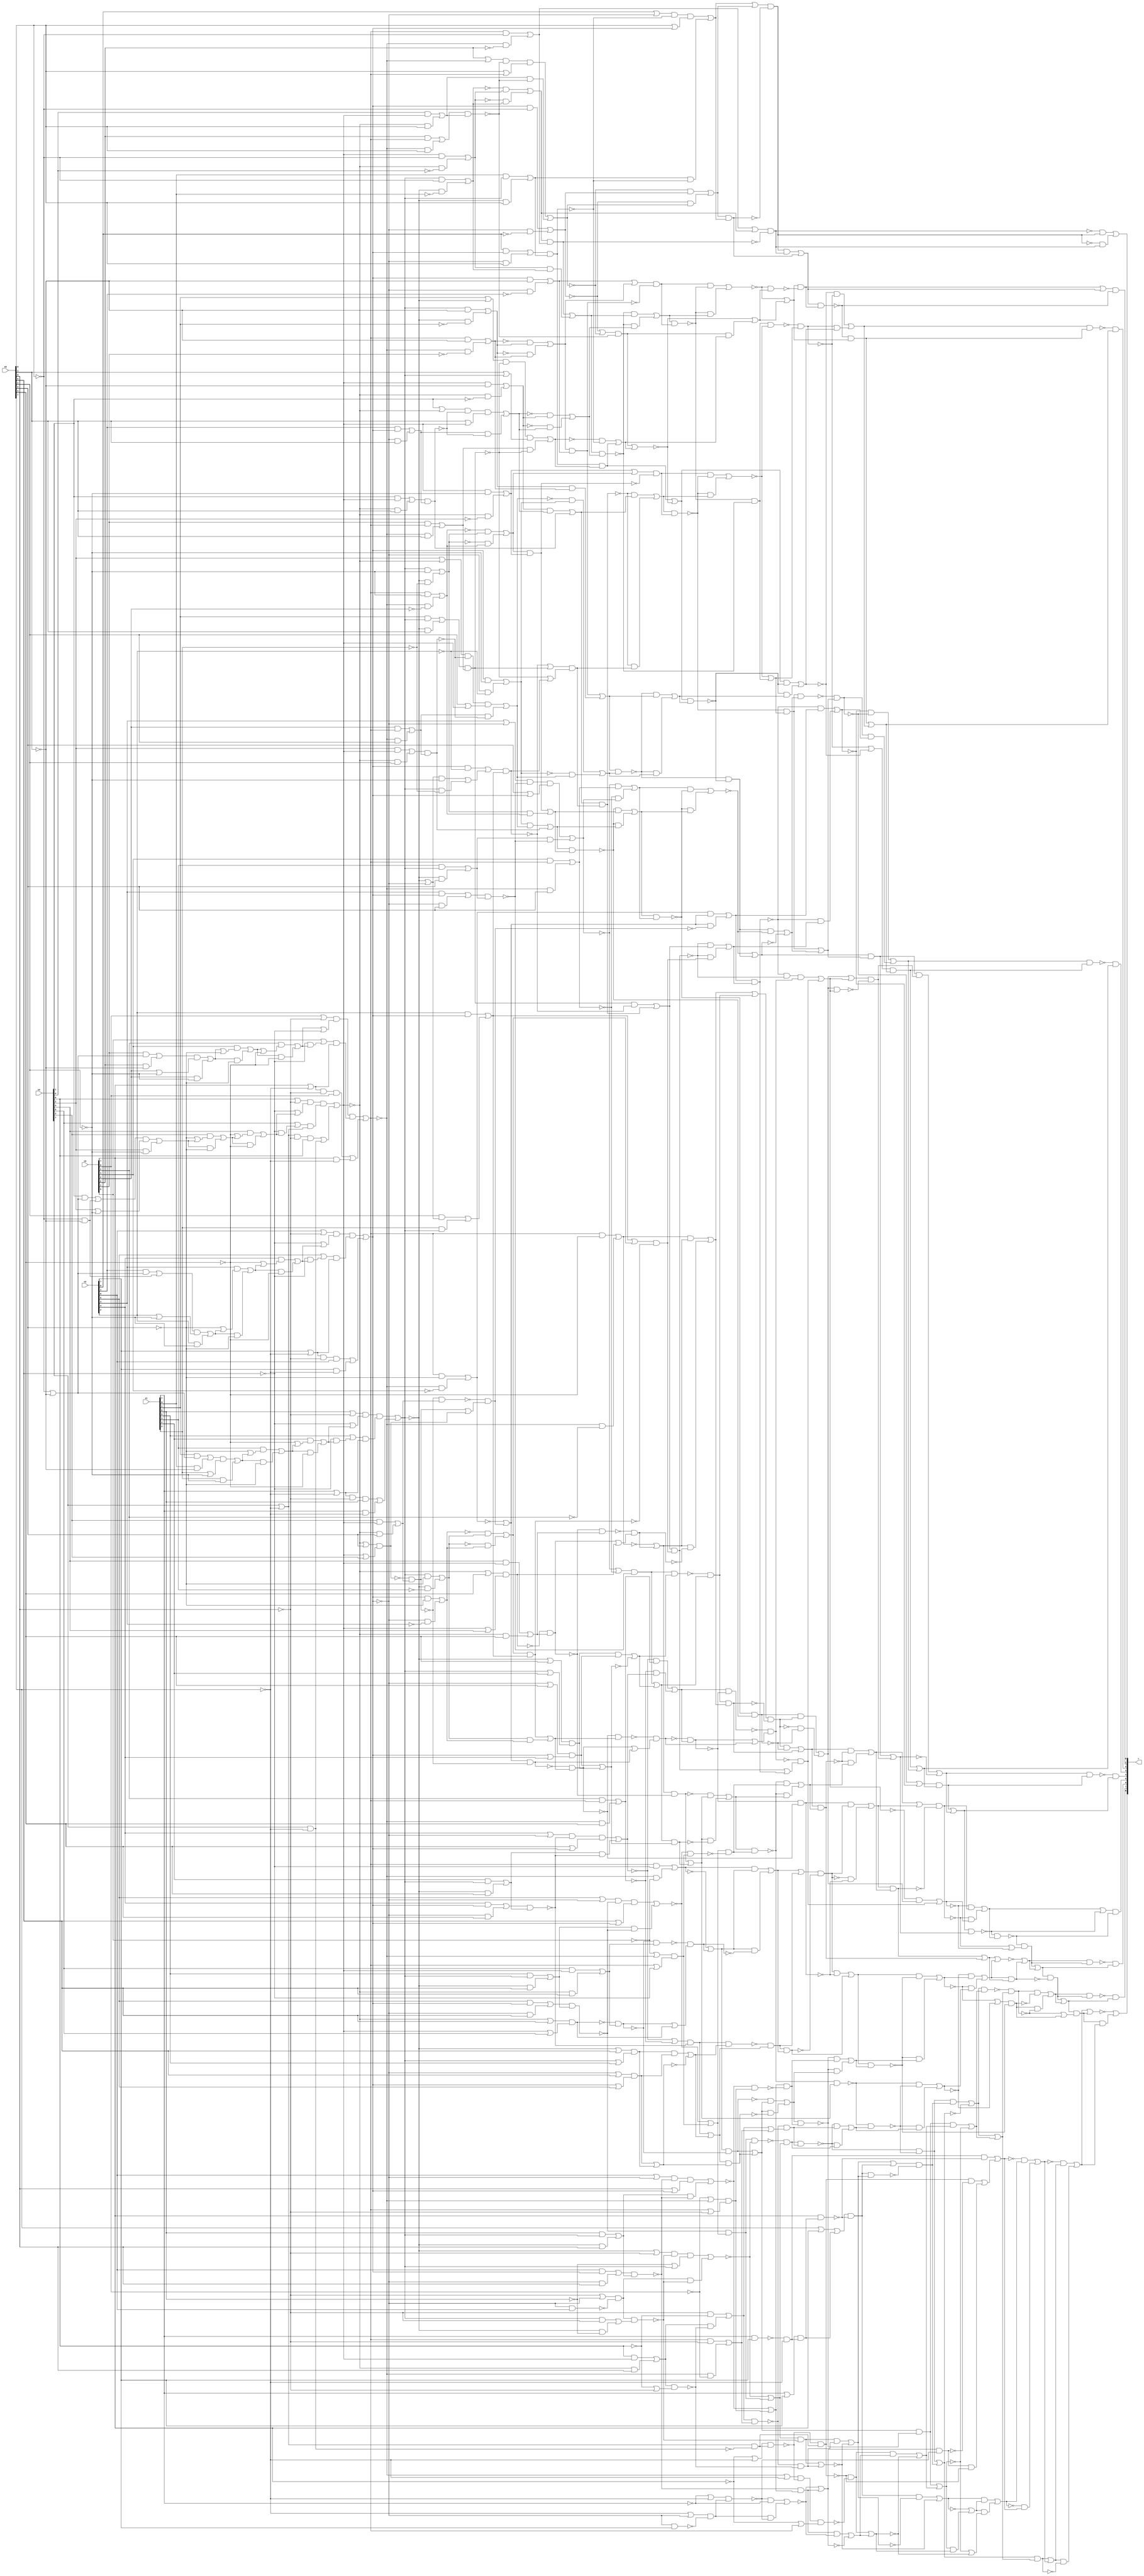
/////////////////////////////////////////////////////////////
// Version   : K-2015.06-SP5
/////////////////////////////////////////////////////////////


module circ ( x0, x1, x2, x3, x4, r );
  input [7:0] x0;
  input [7:0] x1;
  input [7:0] x2;
  input [7:0] x3;
  input [7:0] x4;
  output [8:0] r;
  wire   n1397, n1398, n1399, n1400, n1401, n1402, n1403, n1404, n1405, n1406,
         n1407, n1408, n1409, n1410, n1411, n1412, n1413, n1414, n1415, n1416,
         n1417, n1418, n1419, n1420, n1421, n1422, n1423, n1424, n1425, n1426,
         n1427, n1428, n1429, n1430, n1431, n1432, n1433, n1434, n1435, n1436,
         n1437, n1438, n1439, n1440, n1441, n1442, n1443, n1444, n1445, n1446,
         n1447, n1448, n1449, n1450, n1451, n1452, n1453, n1454, n1455, n1456,
         n1457, n1458, n1459, n1460, n1461, n1462, n1463, n1464, n1465, n1466,
         n1467, n1468, n1469, n1470, n1471, n1472, n1473, n1474, n1475, n1476,
         n1477, n1478, n1479, n1480, n1481, n1482, n1483, n1484, n1485, n1486,
         n1487, n1488, n1489, n1490, n1491, n1492, n1493, n1494, n1495, n1496,
         n1497, n1498, n1499, n1500, n1501, n1502, n1503, n1505, n1506, n1507,
         n1508, n1509, n1510, n1511, n1512, n1513, n1514, n1515, n1516, n1517,
         n1518, n1519, n1520, n1521, n1523, n1524, n1525, n1526, n1527, n1528,
         n1529, n1530, n1531, n1532, n1533, n1534, n1535, n1536, n1537, n1538,
         n1539, n1540, n1541, n1542, n1543, n1544, n1545, n1546, n1547, n1549,
         n1550, n1551, n1552, n1554, n1557, n1561, n1562, n1563, n1564, n1565,
         n1566, n1567, n1568, n1569, n1570, n1571, n1572, n1573, n1574, n1575,
         n1576, n1577, n1578, n1579, n1580, n1581, n1582, n1583, n1584, n1585,
         n1586, n1587, n1588, n1589, n1590, n1591, n1592, n1593, n1594, n1595,
         n1596, n1597, n1598, n1599, n1600, n1601, n1602, n1603, n1604, n1605,
         n1606, n1607, n1608, n1609, n1610, n1611, n1612, n1613, n1614, n1615,
         n1616, n1617, n1618, n1619, n1620, n1621, n1622, n1623, n1624, n1625,
         n1626, n1627, n1628, n1629, n1630, n1631, n1632, n1633, n1634, n1635,
         n1636, n1637, n1638, n1639, n1640, n1641, n1642, n1643, n1644, n1645,
         n1646, n1647, n1648, n1649, n1650, n1651, n1652, n1653, n1654, n1655,
         n1656, n1657, n1658, n1659, n1660, n1661, n1662, n1663, n1664, n1665,
         n1666, n1667, n1668, n1669, n1670, n1671, n1672, n1673, n1674, n1675,
         n1676, n1677, n1678, n1679, n1680, n1681, n1682, n1683, n1684, n1685,
         n1686, n1687, n1688, n1689, n1690, n1691, n1692, n1693, n1694, n1695,
         n1696, n1697, n1698, n1699, n1700, n1701, n1702, n1703, n1704, n1705,
         n1706, n1707, n1708, n1709, n1710, n1711, n1712, n1713, n1714, n1715,
         n1716, n1717, n1718, n1719, n1720, n1721, n1722, n1723, n1724, n1725,
         n1726, n1727, n1728, n1729, n1730, n1731, n1732, n1733, n1734, n1735,
         n1736, n1737, n1738, n1739, n1740, n1741, n1742, n1743, n1744, n1745,
         n1746, n1747, n1748, n1749, n1750, n1751, n1752, n1753, n1754, n1755,
         n1756, n1757, n1758, n1759, n1760, n1761, n1762, n1763, n1764, n1765,
         n1766, n1767, n1768, n1769, n1770, n1771, n1772, n1773, n1774, n1775,
         n1776, n1777, n1778, n1779, n1780, n1781, n1782, n1783, n1784, n1785,
         n1786, n1787, n1788, n1789, n1790, n1791, n1792, n1793, n1794, n1795,
         n1796, n1797, n1798, n1799, n1800, n1801, n1802, n1803, n1804, n1805,
         n1806, n1807, n1808, n1809, n1810, n1811, n1812, n1813, n1814, n1815,
         n1816, n1817, n1818, n1819, n1820, n1821, n1822, n1823, n1824, n1825,
         n1826, n1827, n1828, n1829, n1830, n1831, n1832, n1833, n1834, n1835,
         n1836, n1837, n1838, n1839, n1840, n1841, n1842, n1843, n1844, n1845,
         n1846, n1847, n1848, n1849, n1850, n1851, n1852, n1853, n1854, n1855,
         n1856, n1857, n1858, n1859, n1860, n1861, n1862, n1863, n1864, n1865,
         n1866, n1867, n1868, n1869, n1870, n1871, n1872, n1873, n1874, n1875,
         n1876, n1877, n1878, n1879, n1880, n1881, n1882, n1883, n1884, n1885,
         n1886, n1887, n1888, n1889, n1890, n1891, n1892, n1893, n1894, n1895,
         n1896, n1897, n1898, n1899, n1900, n1901, n1902, n1903, n1904, n1905,
         n1906, n1907, n1908, n1909, n1910, n1911, n1912, n1913, n1914, n1915,
         n1916, n1917, n1918, n1919, n1920, n1921, n1922, n1923, n1924, n1925,
         n1926, n1927, n1928, n1929, n1930, n1931, n1932, n1933, n1934, n1935,
         n1936, n1937, n1938, n1939, n1940, n1941, n1942, n1943, n1944, n1945,
         n1946, n1947, n1948, n1949, n1950, n1951, n1952, n1953, n1954, n1955,
         n1956, n1957, n1958, n1959, n1960, n1961, n1962, n1963, n1964, n1965,
         n1966, n1967, n1968, n1969, n1970, n1971, n1972, n1973, n1974, n1975,
         n1976, n1977, n1978, n1979, n1980, n1981, n1982, n1983, n1984, n1985,
         n1986, n1987, n1988, n1989, n1990, n1991, n1992, n1993, n1994, n1995,
         n1996, n1997, n1998, n1999, n2000, n2001, n2002, n2003, n2004, n2005,
         n2006, n2007, n2008, n2009, n2010, n2011, n2012, n2013, n2014, n2015,
         n2016, n2017, n2018, n2019, n2020, n2021, n2022, n2023, n2024, n2025,
         n2026, n2027, n2028, n2029, n2030, n2031, n2032, n2033, n2034, n2035,
         n2036, n2037, n2038, n2039, n2040, n2041, n2042, n2043, n2044, n2045,
         n2046, n2047, n2048, n2049, n2050, n2051, n2052, n2053, n2054, n2055,
         n2056, n2057, n2058, n2059, n2060, n2061, n2062, n2063, n2064, n2065,
         n2066, n2067, n2068, n2069, n2070, n2071, n2072, n2073, n2074, n2075,
         n2076, n2077, n2078, n2079, n2080, n2081, n2082, n2083, n2084, n2085,
         n2086, n2087, n2088, n2089, n2090, n2091, n2092, n2093, n2094, n2095,
         n2096, n2097, n2098, n2099, n2100, n2101, n2102, n2103, n2104, n2105,
         n2106, n2107, n2108, n2109, n2110, n2111, n2112, n2113, n2114, n2115,
         n2116, n2117, n2118, n2119, n2120, n2121, n2122, n2123, n2124, n2125,
         n2126, n2127, n2128, n2129, n2130, n2131, n2132, n2133, n2134, n2135,
         n2136, n2137, n2138, n2139, n2140, n2141, n2142, n2143, n2144, n2145,
         n2146, n2147, n2148, n2149, n2150, n2151, n2152, n2153, n2154, n2155,
         n2156, n2157, n2158, n2159, n2160, n2161, n2162, n2163, n2164, n2165,
         n2166, n2167, n2168, n2169, n2170, n2171, n2172, n2173, n2174, n2175,
         n2176, n2177, n2178, n2179, n2180, n2181, n2182, n2183, n2184, n2185,
         n2186, n2187, n2188, n2189, n2190, n2191, n2192, n2193, n2194, n2195,
         n2196, n2197, n2198, n2199, n2200, n2201, n2202, n2203, n2204, n2205,
         n2206, n2207, n2208, n2209, n2210, n2211, n2212, n2213, n2214, n2215,
         n2216, n2217, n2218, n2219, n2220, n2221, n2222, n2223, n2224, n2225,
         n2226, n2227, n2228, n2229, n2230, n2231, n2232, n2233, n2234, n2235,
         n2236, n2237, n2238, n2239, n2240, n2241, n2242, n2243, n2244, n2245,
         n2246, n2247, n2248, n2249, n2250, n2251, n2252, n2253, n2254, n2255,
         n2256, n2257, n2258, n2259, n2260, n2261, n2262, n2263, n2264, n2265,
         n2266, n2267, n2268, n2269, n2270, n2271, n2272, n2273, n2274, n2275,
         n2276, n2277, n2278, n2279, n2280, n2281, n2282, n2283, n2284, n2285,
         n2286, n2287, n2288, n2289, n2290, n2291, n2292, n2293, n2294, n2295,
         n2296, n2297, n2298, n2299, n2300, n2301, n2302, n2303, n2304, n2305,
         n2306, n2307, n2308, n2309, n2310, n2311, n2312, n2313, n2314, n2315,
         n2316, n2317, n2318, n2319, n2320, n2321, n2322, n2323, n2324, n2325,
         n2335, n2336, n2337, n2338, n2339, n2340, n2341, n2342, n2343;

assign n1397 = ~n1593;
assign n1398 = ~n1610;
assign n1399 = ~n1625;
assign n1400 = ~n1631;
assign n1401 = ~n1609;
assign n1402 = ~n1587;
assign n1403 = ~n1598;
assign n1404 = ~n1601;
assign n1405 = ~n1611;
assign n1406 = ~n1619;
assign n1407 = ~n1702;
assign n1408 = ~n1944;
assign n1409 = ~n1605;
assign n1410 = ~n1704;
assign n1411 = ~n1708;
assign n1412 = ~n1710;
assign n1413 = ~n1595;
assign n1414 = ~n1948;
assign n1415 = ~n1953;
assign n1416 = ~n2143;
assign n1417 = ~n1717;
assign n1418 = ~n1695;
assign n1419 = ~n1718;
assign n1420 = ~n1723;
assign n1421 = ~n1707;
assign n1422 = ~n1716;
assign n1423 = ~n1728;
assign n1424 = ~n1733;
assign n1425 = ~n1731;
assign n1426 = ~n1732;
assign n1427 = ~n2194;
assign n1428 = ~n2192;
assign n1429 = ~n2193;
assign n1430 = ~n1691;
assign n1431 = ~n1745;
assign n1432 = ~n1727;
assign n1433 = ~n1809;
assign n1434 = ~n1985;
assign n1435 = ~n1984;
assign n1436 = ~n2149;
assign n1437 = ~n1630;
assign n1438 = ~n1958;
assign n1439 = ~n1978;
assign n1440 = ~n2176;
assign n1441 = ~n1979;
assign n1442 = ~n2161;
assign n1443 = ~n2026;
assign n1444 = ~n1737;
assign n1445 = ~n2061;
assign n1446 = ~n1947;
assign n1447 = ~n1989;
assign n1448 = ~n2024;
assign n1449 = ~n2035;
assign n1450 = ~n2056;
assign n1451 = ~n2129;
assign n1452 = ~n2103;
assign n1453 = ~n2055;
assign n1454 = ~n1738;
assign n1455 = ~n1744;
assign n1456 = ~n1812;
assign n1457 = ~n1739;
assign n1458 = ~n1815;
assign n1459 = ~n2062;
assign n1460 = ~n2066;
assign n1461 = ~n2071;
assign n1462 = ~n1687;
assign n1463 = ~n1750;
assign n1464 = ~n1820;
assign n1465 = ~n1858;
assign n1466 = ~n1861;
assign n1467 = ~n2084;
assign n1468 = ~n1749;
assign n1469 = ~n1788;
assign n1470 = ~n1899;
assign n1471 = ~n1904;
assign n1472 = ~n1906;
assign n1473 = ~n2074;
assign n1474 = ~n1994;
assign n1475 = ~n2009;
assign n1476 = ~n1621;
assign n1477 = ~n1648;
assign n1478 = ~n2036;
assign n1479 = ~n1998;
assign n1480 = ~n1624;
assign n1481 = ~n1659;
assign n1482 = ~n1633;
assign n1483 = ~n1638;
assign n1484 = ~n1959;
assign n1485 = ~n1803;
assign n1486 = ~n1726;
assign n1487 = ~n1752;
assign n1488 = ~n1753;
assign n1489 = ~n1826;
assign n1490 = ~n1829;
assign n1491 = ~n1804;
assign n1492 = ~n1758;
assign n1493 = ~n1867;
assign n1494 = ~n1883;
assign n1495 = ~n1681;
assign n1496 = ~n1766;
assign n1497 = ~n1863;
assign n1498 = ~n1866;
assign n1499 = ~n1682;
assign n1500 = ~n1764;
assign n1501 = ~n1774;
assign n1502 = ~n1837;
assign n1503 = ~n1640;
assign n1505 = ~n1808;
assign n1506 = ~n2267;
assign n1507 = ~n2265;
assign n1508 = ~n2266;
assign n1509 = ~n2160;
assign n1510 = ~n2165;
assign n1511 = ~n2163;
assign n1512 = ~n2164;
assign n1513 = ~n2128;
assign n1514 = ~n2133;
assign n1515 = ~n2131;
assign n1516 = ~n2132;
assign n1517 = ~n2004;
assign n1518 = ~n1887;
assign n1519 = ~n1886;
assign n1520 = ~n1928;
assign n1521 = ~n1889;
assign n1523 = ~n1660;
assign n1524 = ~n1671;
assign n1525 = ~n1674;
assign n1526 = ~n1799;
assign n1527 = ~n2198;
assign n1528 = ~n1915;
assign n1529 = ~n2175;
assign n1530 = ~n2185;
assign n1531 = ~n1981;
assign n1532 = ~n2065;
assign n1533 = ~n2120;
assign n1534 = ~n2058;
assign n1535 = ~n1862;
assign n1536 = ~n2040;
assign n1537 = ~n2047;
assign n1538 = ~n2010;
assign n1539 = ~n2017;
assign n1540 = ~n2022;
assign n1541 = ~n1963;
assign n1542 = ~n1970;
assign n1543 = ~n1828;
assign n1544 = ~n1775;
assign n1545 = ~n1662;
assign n1546 = ~n1666;
assign n1547 = ~n1669;
assign n1549 = ~n2197;
assign n1550 = ~n2073;
assign n1551 = ~n1890;
assign n1552 = ~n1865;
assign n1554 = ~n1676;
assign n1557 = ~x0[5];
assign n1561 = ~x0[1];
assign n1562 = ~x0[0];
assign n1563 = ~x1[7];
assign n1564 = ~n1678;
assign n1565 = ~x1[6];
assign n1566 = ~x1[3];
assign n1567 = ~x1[2];
assign n1568 = ~x1[1];
assign n1569 = ~x1[0];
assign n1570 = ~x2[3];
assign n1571 = ~x2[2];
assign n1572 = ~x2[1];
assign n1573 = ~x2[0];
assign n1574 = ~x3[7];
assign n1575 = ~x3[6];
assign n1576 = ~x3[5];
assign n1577 = ~x3[4];
assign n1578 = ~x3[3];
assign n1579 = ~x3[2];
assign n1580 = ~x3[1];
assign n1581 = ~x3[0];
assign n1582 = ~x4[6];
assign n1583 = ~x4[2];
assign n1584 = ~x4[1];
assign n1585 = ~x4[0];
assign r[7] = n1402 & n1586;
assign n1587 = n1588 & n1589;
assign r[8] = n1397 | n1590;
assign n1590 = n1591 & n1592;
assign n1593 = n1592 | n1591;
assign n1591 = n1586 & n1594;
assign n1594 = n1403 | n1595;
assign n1586 = n1589 | n1588;
assign n1588 = n1596 | n1597;
assign n1597 = n1595 & n1403;
assign n1596 = n1598 & n1413;
assign n1595 = n1599 & n1415;
assign n1599 = n1414 | n1446;
assign n1598 = n1404 & n1600;
assign n1601 = n1602 & n1603;
assign n1589 = n1604 & n1409;
assign n1592 = n1606 | n1607;
assign n1607 = n1608 & n1401;
assign n1606 = n1398 & n1608;
assign n1608 = n1609 | n1610;
assign n1609 = n1611 & n1600;
assign n1600 = n1602 | n1603;
assign n1603 = n1612 | n1437;
assign n1612 = n1613 & n1614;
assign n1602 = n1615 | n1405;
assign n1615 = n1616 & n1617;
assign n1611 = n1616 | n1617;
assign n1617 = n1618 & n1406;
assign n1619 = n1620 & n1621;
assign n1618 = n1621 | n1620;
assign n1616 = n1474 & n1447;
assign n1610 = n1622 | n1623;
assign n1623 = n1399 & n1624;
assign n1622 = n1480 & n1625;
assign n1625 = n1626 | n1627;
assign n1627 = n1628 & n1629;
assign n1629 = n1437 | n1482;
assign n1626 = n1631 & n1628;
assign n1628 = n1400 | n1632;
assign n1632 = n1630 & n1633;
assign n1630 = n1613 | n1614;
assign n1614 = n1634 | n1482;
assign n1633 = n1635 | n1636;
assign n1634 = n1635 & n1636;
assign n1636 = n1637 | n1483;
assign n1637 = n1639 & n1545;
assign n1635 = n1523 & n1503;
assign n1640 = n1641 & n1642;
assign n1642 = n1574 | n1643;
assign n1641 = n1644 & n1524;
assign n1644 = n2335 | n2343;
assign n1613 = n1645 & n1438;
assign n1631 = n1646 | n1477;
assign n1646 = n1620 & n1476;
assign n1621 = n1647 | n1477;
assign n1648 = n1649 | n1650;
assign n1647 = n1649 & n1650;
assign n1650 = n1479 & n1517;
assign n1649 = n1651 & n1539;
assign n1620 = n1652 & n1554;
assign n1652 = n1653 | n1654;
assign n1653 = x0[7] | x3[7];
assign n1624 = n1655 | n1656;
assign n1656 = n1657 | n1658;
assign n1658 = n1659 & n1523;
assign n1657 = n1660 & n1481;
assign n1659 = n1638 & n1546;
assign n1638 = n1545 | n1639;
assign n1639 = n1542 & n1661;
assign n1662 = n1663 | n1664;
assign n1664 = n1665 & n1546;
assign n1663 = n1546 & n1563;
assign n1666 = n1667 & n1665;
assign n1665 = n1668 & n1547;
assign n1669 = n2337 & x2[7];
assign n1668 = n2343 | n2337;
assign n1667 = n1563 | n2343;
assign n1660 = n1524 & n1670;
assign n1671 = n1672 & n1670;
assign n1670 = n1673 & n1525;
assign n1672 = n1574 | n2343;
assign n1655 = n1675 & n1554;
assign n1676 = x3[7] & n1654;
assign n1654 = n1677 & n1675;
assign n1677 = x1[7] | x2[7];
assign n1675 = n1564 & n2343;
assign n1678 = x1[7] & x2[7];
assign r[0] = n1679 | n1680;
assign n1680 = n1499 & n1681;
assign n1679 = n1495 & n1682;
assign r[1] = n1683 & n1487;
assign n1683 = n1684 | n1685;
assign r[2] = n1462 & n1686;
assign n1687 = n1688 & n1689;
assign r[3] = n1430 & n1690;
assign n1691 = n1692 & n1693;
assign r[4] = n1418 & n1694;
assign n1695 = n1696 & n1697;
assign r[5] = n1698 & n1410;
assign n1698 = n1699 | n1417;
assign r[6] = n1407 & n1604;
assign n1604 = n1700 | n1701;
assign n1702 = n1701 & n1700;
assign n1700 = n1410 & n1703;
assign n1703 = n1411 | n1421;
assign n1704 = n1417 & n1699;
assign n1699 = n1705 | n1706;
assign n1706 = n1411 & n1707;
assign n1705 = n1421 & n1708;
assign n1708 = n1709 & n1412;
assign n1709 = n1711 | n1712;
assign n1707 = n1713 | n1714;
assign n1713 = n1422 & n1715;
assign n1717 = n1694 & n1718;
assign n1694 = n1697 | n1696;
assign n1696 = n1719 | n1419;
assign n1718 = n1720 | n1721;
assign n1719 = n1720 & n1721;
assign n1721 = n1722 & n1420;
assign n1723 = n1715 & n1716;
assign n1722 = n1715 | n1716;
assign n1716 = n1724 | n1714;
assign n1714 = n1423 & n1725;
assign n1725 = n1726 | n1727;
assign n1724 = n1729 & n1728;
assign n1728 = n1424 & n1730;
assign n1730 = n1731 | n1732;
assign n1733 = n1734 & n1425;
assign n1729 = n1432 & n1486;
assign n1715 = n1735 | n1736;
assign n1736 = n1444 & n1454;
assign n1735 = n1738 & n1737;
assign n1720 = n1739 & n1740;
assign n1697 = n1741 & n1690;
assign n1690 = n1693 | n1692;
assign n1692 = n1742 | n1743;
assign n1743 = n1744 & n1745;
assign n1742 = n1431 & n1455;
assign n1693 = n1746 & n1686;
assign n1686 = n1689 | n1688;
assign n1688 = n1747 | n1748;
assign n1748 = n1749 & n1750;
assign n1747 = n1463 & n1468;
assign n1689 = n1487 & n1751;
assign n1752 = n1685 & n1684;
assign n1684 = n1751 & n1488;
assign n1753 = n1492 & n1754;
assign n1751 = n1492 | n1754;
assign n1754 = n1489 | n1755;
assign n1755 = n1756 & n1757;
assign n1758 = n1759 | n1760;
assign n1760 = n1493 & n1761;
assign n1759 = n1762 & n1493;
assign n1685 = n1763 | n1764;
assign n1763 = n1682 & n1681;
assign n1681 = n1765 & n1496;
assign n1765 = n1767 | n1768;
assign n1682 = n1769 & n1500;
assign n1764 = n1770 & n1771;
assign n1769 = n1771 | n1770;
assign n1770 = n1772 | n1773;
assign n1773 = n1544 & n1774;
assign n1772 = n1501 & n1775;
assign n1771 = n1776 | n1777;
assign n1777 = n1778 & n1543;
assign n1776 = n1779 & n1780;
assign n1780 = x0[0] | n1781;
assign n1779 = n1782 & n1543;
assign n1782 = x2[0] | n2337;
assign n1746 = n1468 | n1463;
assign n1750 = n1783 | n1784;
assign n1784 = n1464 & n1785;
assign n1783 = n1786 & n1464;
assign n1749 = n1469 & n1787;
assign n1788 = n1789 & n1470;
assign n1741 = n1455 | n1431;
assign n1745 = n1790 | n1791;
assign n1791 = n1432 & n1792;
assign n1790 = n1432 & n1793;
assign n1727 = n1793 & n1792;
assign n1792 = n1794 | n1795;
assign n1795 = n1486 & n1796;
assign n1794 = n1486 & n1797;
assign n1726 = n1797 & n1796;
assign n1796 = n1798 & n1526;
assign n1798 = n1800 | n1801;
assign n1797 = n1802 | n1803;
assign n1802 = n1804 & n1528;
assign n1793 = n1805 | n1806;
assign n1806 = n1807 & n1505;
assign n1805 = n1809 & n1807;
assign n1744 = n1456 & n1740;
assign n1740 = n1810 | n1811;
assign n1812 = n1810 & n1811;
assign n1811 = n1813 | n1457;
assign n1739 = n1458 | n1814;
assign n1813 = n1814 & n1458;
assign n1815 = n1816 | n1817;
assign n1817 = n1459 & n1818;
assign n1816 = n1819 & n1459;
assign n1814 = n1465 & n1464;
assign n1820 = n1786 & n1785;
assign n1785 = n1821 | n1822;
assign n1822 = n1465 & n1823;
assign n1821 = n1465 & n1824;
assign n1786 = n1825 | n1489;
assign n1826 = n1756 | n1757;
assign n1757 = n1827 | n1825;
assign n1827 = n1490 & n1543;
assign n1756 = n1830 & n1502;
assign n1830 = n1544 | n1501;
assign n1774 = n1831 | n1832;
assign n1832 = n1833 & n1502;
assign n1831 = n1834 & n1835;
assign n1835 = x0[0] | n1643;
assign n1834 = n1836 & n1502;
assign n1837 = n1838 & n1833;
assign n1833 = n1839 | n1840;
assign n1840 = n2336 & x0[0];
assign n1839 = x4[0] & n1841;
assign n1838 = n1842 | n1843;
assign n1843 = n2335 & x0[0];
assign n1842 = x3[0] & n1643;
assign n1836 = x3[0] | n2335;
assign n1775 = n1844 | n1845;
assign n1845 = n2337 & n1573;
assign n1844 = n1781 & n1562;
assign n1825 = n1828 & n1829;
assign n1829 = n1846 | n1847;
assign n1847 = n1848 & n1491;
assign n1846 = n1849 & n1850;
assign n1850 = x0[1] | n1851;
assign n1849 = n1852 & n1491;
assign n1852 = x1[1] | n2338;
assign n1828 = n1853 & n1778;
assign n1778 = n1854 | n1855;
assign n1855 = n2338 & x0[0];
assign n1854 = x1[0] & n1851;
assign n1853 = n1856 | n1857;
assign n1857 = n2337 & x0[0];
assign n1856 = x2[0] & n1781;
assign n1858 = n1824 & n1823;
assign n1823 = n1859 | n1860;
assign n1860 = n1535 & n1861;
assign n1859 = n1466 & n1862;
assign n1824 = n1863 | n1864;
assign n1864 = n1865 & n1866;
assign n1810 = n1471 & n1787;
assign n1787 = n1470 | n1789;
assign n1789 = n1493 & n1494;
assign n1867 = n1761 & n1762;
assign n1762 = n1868 & n1497;
assign n1863 = n1869 & n1870;
assign n1868 = n1870 | n1869;
assign n1869 = n1871 | n1872;
assign n1872 = n1552 & n1866;
assign n1871 = n1498 & n1865;
assign n1865 = n1873 | n1874;
assign n1874 = n2338 & n1568;
assign n1873 = n1851 & n1561;
assign n1866 = n1875 | n1876;
assign n1876 = n2335 & n1580;
assign n1875 = n1643 & n1561;
assign n1870 = n1877 | n1878;
assign n1878 = n2337 & n1572;
assign n1877 = n1781 & n1561;
assign n1761 = n1879 | n1880;
assign n1880 = n1494 & n1881;
assign n1879 = n1494 & n1882;
assign n1883 = n1882 & n1881;
assign n1881 = n1884 | n1885;
assign n1885 = n1518 & n1886;
assign n1884 = n1519 & n1887;
assign n1882 = n1766 | n1888;
assign n1888 = n1889 & n1890;
assign n1766 = n1768 & n1767;
assign n1767 = n1891 | n1892;
assign n1892 = n2335 & n1581;
assign n1891 = n1643 & n1562;
assign n1768 = n1893 | n1894;
assign n1894 = n1521 & n1890;
assign n1893 = n1551 & n1889;
assign n1889 = n1895 | n1896;
assign n1896 = n2336 & n1585;
assign n1895 = n1841 & n1562;
assign n1890 = n1897 | n1898;
assign n1898 = n2338 & n1569;
assign n1897 = n1851 & n1562;
assign n1899 = n1900 | n1901;
assign n1901 = n1471 & n1902;
assign n1900 = n1903 & n1471;
assign n1904 = n1902 & n1903;
assign n1903 = n1905 & n1472;
assign n1905 = n1907 | n1908;
assign n1902 = n1909 | n1910;
assign n1910 = n1485 & n1911;
assign n1909 = n1485 & n1912;
assign n1803 = n1912 & n1911;
assign n1911 = n1913 & n1914;
assign n1914 = n1491 | n1915;
assign n1913 = n1528 | n1804;
assign n1804 = n1916 & n1848;
assign n1848 = n1917 | n1918;
assign n1918 = n2335 & x0[1];
assign n1917 = x3[1] & n1643;
assign n1916 = n1919 | n1920;
assign n1920 = n2338 & x0[1];
assign n1919 = x1[1] & n1851;
assign n1915 = n1921 & n1800;
assign n1921 = n1922 | n1923;
assign n1923 = n1924 | n1925;
assign n1925 = n1851 & n1567;
assign n1924 = n1926 & n2339;
assign n1922 = n1781 & n1571;
assign n1912 = n1927 | n1928;
assign n1927 = n1887 & n1886;
assign n1886 = n1929 | n1930;
assign n1930 = n1931 & n1520;
assign n1929 = n1932 & n1933;
assign n1933 = x0[1] | n1841;
assign n1932 = n1934 & n1520;
assign n1928 = n1935 & n1931;
assign n1931 = n1936 | n1937;
assign n1937 = n2337 & x0[1];
assign n1936 = x2[1] & n1781;
assign n1935 = n1938 | n1939;
assign n1939 = n2336 & x0[1];
assign n1938 = x4[1] & n1841;
assign n1934 = x4[1] | n2336;
assign n1887 = n1940 | n1941;
assign n1941 = n2336 & n1584;
assign n1940 = n1841 & n1561;
assign n1701 = n1408 | n1605;
assign n1605 = n1942 & n1943;
assign n1944 = n1943 | n1942;
assign n1942 = n1945 | n1946;
assign n1946 = n1414 & n1947;
assign n1945 = n1446 & n1948;
assign n1948 = n1949 | n1950;
assign n1950 = n1415 & n1951;
assign n1949 = n1952 & n1415;
assign n1953 = n1952 & n1951;
assign n1951 = n1954 | n1955;
assign n1955 = n1438 & n1956;
assign n1954 = n1438 & n1957;
assign n1958 = n1956 & n1957;
assign n1957 = n1661 & n1484;
assign n1959 = n1541 & n1960;
assign n1661 = n1541 | n1960;
assign n1960 = n1961 & n1962;
assign n1962 = n1643 | n2342;
assign n1961 = n1575 | n2335;
assign n1963 = n1964 | n1965;
assign n1965 = n1966 & n1542;
assign n1964 = n1967 & n1968;
assign n1968 = x0[6] | n1781;
assign n1967 = n1969 & n1542;
assign n1970 = n1971 & n1966;
assign n1966 = n1972 | n1973;
assign n1973 = n2338 & x0[6];
assign n1972 = x1[6] & n1851;
assign n1971 = n1974 | n1975;
assign n1975 = n2337 & x0[6];
assign n1974 = x2[6] & n1781;
assign n1969 = x2[6] | n2337;
assign n1956 = n1976 | n1977;
assign n1977 = n1645 & n1439;
assign n1976 = n1441 & n1645;
assign n1645 = n1979 | n1978;
assign n1978 = n1980 & n1981;
assign n1979 = n1982 & n1511;
assign n1952 = n1983 | n1984;
assign n1983 = n1985 & n1416;
assign n1947 = n1986 | n1987;
assign n1987 = n1447 & n1988;
assign n1986 = n1448 & n1447;
assign n1989 = n1448 & n1988;
assign n1988 = n1990 | n1991;
assign n1991 = n1474 & n1992;
assign n1990 = n1474 & n1993;
assign n1994 = n1992 & n1993;
assign n1993 = n1479 & n1995;
assign n1995 = n1996 | n1997;
assign n1998 = n1996 & n1997;
assign n1997 = n1999 | n2000;
assign n2000 = n2335 & n1575;
assign n1999 = n1643 & n2342;
assign n1996 = n2001 | n2002;
assign n2002 = n2003 & n1517;
assign n2004 = n2003 & n2005;
assign n2005 = n1582 | n2342;
assign n2003 = n2006 | n2007;
assign n2007 = n2336 & x0[6];
assign n2006 = x4[6] & n1841;
assign n2001 = n2342 & n1582;
assign n1992 = n1475 & n1651;
assign n1651 = n1538 | n2008;
assign n2009 = n2008 & n1538;
assign n2010 = n2011 | n2012;
assign n2012 = n2013 & n1539;
assign n2011 = n2014 & n2015;
assign n2015 = n1565 | n1851;
assign n2014 = n2016 & n1539;
assign n2017 = n2013 & n2018;
assign n2018 = n2019 | n2020;
assign n2020 = n2338 & n1565;
assign n2019 = n1851 & n2342;
assign n2013 = n2021 & n1540;
assign n2022 = n2337 & x2[6];
assign n2021 = n2342 | n2337;
assign n2016 = n2338 | n2342;
assign n2008 = n1537 & n2023;
assign n2024 = n1449 & n2025;
assign n1943 = n1710 | n2026;
assign n1710 = n1712 & n1711;
assign n1711 = n2027 | n2028;
assign n2028 = n1443 & n2029;
assign n2027 = n2030 & n1443;
assign n2026 = n2030 & n2029;
assign n2029 = n2031 | n2032;
assign n2032 = n1449 & n2033;
assign n2031 = n1449 & n2034;
assign n2035 = n2033 & n2034;
assign n2034 = n2023 & n1478;
assign n2036 = n1536 & n2037;
assign n2023 = n1536 | n2037;
assign n2037 = n2038 & n2039;
assign n2039 = n1643 | n1557;
assign n2038 = n1576 | n2335;
assign n2040 = n2041 | n2042;
assign n2042 = n2043 & n1537;
assign n2041 = n2044 & n2045;
assign n2045 = x0[5] | n1781;
assign n2044 = n2046 & n1537;
assign n2047 = n2048 & n2043;
assign n2043 = n2049 | n2050;
assign n2050 = n2338 & x0[5];
assign n2049 = x1[5] & n1851;
assign n2048 = n2051 | n2052;
assign n2052 = n2337 & x0[5];
assign n2051 = x2[5] & n1781;
assign n2046 = x2[5] | n2337;
assign n2033 = n2053 | n2054;
assign n2054 = n2025 & n1453;
assign n2053 = n1450 & n2025;
assign n2025 = n2056 | n2055;
assign n2055 = n2057 & n2058;
assign n2056 = n2059 & n1515;
assign n2030 = n2060 | n2061;
assign n2060 = n1737 & n1454;
assign n1738 = n1459 & n1461;
assign n2062 = n1818 & n1819;
assign n1819 = n2063 | n2064;
assign n2064 = n1460 & n2065;
assign n2063 = n1532 & n2066;
assign n1818 = n2067 | n2068;
assign n2068 = n1461 & n2069;
assign n2067 = n1461 & n2070;
assign n2071 = n2069 & n2070;
assign n2070 = n1906 | n2072;
assign n2072 = n2073 & n2074;
assign n1906 = n1908 & n1907;
assign n1907 = n2075 | n2076;
assign n2076 = n2336 & n1583;
assign n2075 = n1841 & n2339;
assign n1908 = n2077 | n2078;
assign n2078 = n1550 & n2074;
assign n2077 = n1473 & n2073;
assign n2073 = n2079 | n2080;
assign n2080 = n2338 & n1567;
assign n2079 = n1851 & n2339;
assign n2074 = n2081 | n2082;
assign n2082 = n2335 & n1579;
assign n2081 = n1643 & n2339;
assign n2069 = n2083 | n2084;
assign n2083 = n1862 & n1861;
assign n1861 = n2085 | n2086;
assign n2086 = n2087 & n1467;
assign n2085 = n2088 & n2089;
assign n2089 = x0[2] | n1841;
assign n2088 = n2090 & n1467;
assign n2084 = n2091 & n2087;
assign n2087 = n2092 | n2093;
assign n2093 = n2335 & x0[2];
assign n2092 = x3[2] & n1643;
assign n2091 = n2094 | n2095;
assign n2095 = n2336 & x0[2];
assign n2094 = x4[2] & n1841;
assign n2090 = x4[2] | n2336;
assign n1862 = n2096 | n2097;
assign n2097 = n2337 & n1571;
assign n2096 = n1781 & n2339;
assign n1737 = n2098 & n1445;
assign n2061 = n2099 & n2100;
assign n2098 = n2100 | n2099;
assign n2099 = n1452 & n2057;
assign n2057 = n2101 | n2102;
assign n2103 = n2101 & n2102;
assign n2102 = n2104 | n1534;
assign n2058 = n2105 | n2106;
assign n2104 = n2106 & n2105;
assign n2105 = n2107 & n2108;
assign n2108 = n1781 | x2[4];
assign n2107 = n2337 | x0[4];
assign n2106 = n2109 & n2110;
assign n2110 = n1851 | x1[4];
assign n2109 = n2338 | x0[4];
assign n2101 = n2111 & n1533;
assign n2111 = n1532 | n1460;
assign n2066 = n2112 | n2113;
assign n2113 = n2335 & x0[3];
assign n2112 = x3[3] & n1643;
assign n2065 = n2114 | n2115;
assign n2115 = n2116 & n1533;
assign n2114 = n2117 & n2118;
assign n2118 = x0[3] | n1781;
assign n2117 = n2119 & n1533;
assign n2120 = n2121 & n2116;
assign n2116 = n2122 | n2123;
assign n2123 = n2338 & x0[3];
assign n2122 = x1[3] & n1851;
assign n2121 = n2124 | n2125;
assign n2125 = n2337 & x0[3];
assign n2124 = x2[3] & n1781;
assign n2119 = x2[3] | n2337;
assign n2100 = n2126 | n2127;
assign n2127 = n2059 & n1513;
assign n2126 = n2129 & n2059;
assign n2059 = n1451 | n2128;
assign n2128 = n1514 & n2130;
assign n2130 = n2131 | n2132;
assign n2133 = n1515 & n2134;
assign n2131 = n1516 & n2134;
assign n2134 = n2135 | n2136;
assign n2136 = n2336 & x0[4];
assign n2135 = x4[4] & n1841;
assign n2132 = n2137 & n2138;
assign n2138 = n1841 | x4[4];
assign n2137 = n2336 | x0[4];
assign n2129 = n2139 | n2140;
assign n2140 = n2335 & n1577;
assign n2139 = n1643 & n2341;
assign n1712 = n2141 | n2142;
assign n2142 = n1434 & n1416;
assign n2141 = n2143 & n1985;
assign n1985 = n2144 & n1435;
assign n1984 = n2145 & n2146;
assign n2144 = n2146 | n2145;
assign n2145 = n1436 & n1980;
assign n1980 = n2147 | n2148;
assign n2149 = n2147 & n2148;
assign n2148 = n2150 | n1531;
assign n1981 = n2151 | n2152;
assign n2150 = n2152 & n2151;
assign n2151 = n2153 & n2154;
assign n2154 = n1781 | x2[5];
assign n2153 = n2337 | x0[5];
assign n2152 = n2155 & n2156;
assign n2156 = n1851 | x1[5];
assign n2155 = n2338 | x0[5];
assign n2147 = n2157 & n1530;
assign n2157 = n1529 | n1440;
assign n2146 = n2158 | n2159;
assign n2159 = n1982 & n1509;
assign n2158 = n2161 & n1982;
assign n1982 = n1442 | n2160;
assign n2160 = n1510 & n2162;
assign n2162 = n2163 | n2164;
assign n2165 = n1511 & n2166;
assign n2163 = n1512 & n2166;
assign n2166 = n2167 | n2168;
assign n2168 = n2336 & x0[5];
assign n2167 = x4[5] & n1841;
assign n2164 = n2169 & n2170;
assign n2170 = n1841 | x4[5];
assign n2169 = n2336 | x0[5];
assign n2161 = n2171 | n2172;
assign n2172 = n2335 & n1576;
assign n2171 = n1643 & n1557;
assign n2143 = n1425 & n1428;
assign n1731 = n1426 & n1734;
assign n1734 = n2173 | n2174;
assign n2174 = n1440 & n2175;
assign n2173 = n1529 & n2176;
assign n2176 = n2177 | n2178;
assign n2178 = n2335 & x0[4];
assign n2177 = x3[4] & n1643;
assign n2175 = n2179 | n2180;
assign n2180 = n2181 & n1530;
assign n2179 = n2182 & n2183;
assign n2183 = x0[4] | n1781;
assign n2182 = n2184 & n1530;
assign n2185 = n2186 & n2181;
assign n2181 = n2187 | n2188;
assign n2188 = n2338 & x0[4];
assign n2187 = x1[4] & n1851;
assign n2186 = n2189 | n2190;
assign n2190 = n2337 & x0[4];
assign n2189 = x2[4] & n1781;
assign n2184 = x2[4] | n2337;
assign n1732 = n1427 & n2191;
assign n2191 = n2192 | n2193;
assign n2194 = n1428 & n2195;
assign n2192 = n1429 & n2195;
assign n2195 = n1799 | n2196;
assign n2196 = n2197 & n2198;
assign n1799 = n1801 & n1800;
assign n1800 = n2199 | n2200;
assign n2200 = n2201 | n2202;
assign n2202 = x1[2] & n1851;
assign n2201 = x0[2] & n1926;
assign n1926 = n2338 | n2337;
assign n2199 = x2[2] & n1781;
assign n1801 = n2203 | n2204;
assign n2204 = n1549 & n2198;
assign n2203 = n1527 & n2197;
assign n2197 = n2205 | n2206;
assign n2206 = n2338 & n1566;
assign n2205 = n1851 & n2340;
assign n1851 = n2207 | n2208;
assign n2208 = n2209 | n2210;
assign n2210 = x1[7] & n2343;
assign n2209 = n2211 & x1[6];
assign n2211 = n2212 & n2342;
assign n2207 = n2213 & n2214;
assign n2214 = n2215 & n2212;
assign n2212 = x1[7] | n2343;
assign n2215 = x1[5] | n2216;
assign n2216 = n1557 & n2217;
assign n2213 = n2218 & n2219;
assign n2219 = n1557 | n2217;
assign n2217 = n2220 | n2221;
assign n2221 = n2222 & n2341;
assign n2220 = x1[4] & n2223;
assign n2223 = n2341 | n2222;
assign n2222 = n2224 | n2225;
assign n2225 = n2226 & n2340;
assign n2224 = x1[3] & n2227;
assign n2227 = n2340 | n2226;
assign n2226 = n2228 | n2229;
assign n2229 = x1[2] & n2339;
assign n2228 = n2230 & n2231;
assign n2231 = x1[2] | n2339;
assign n2230 = n2232 | n2233;
assign n2233 = x1[0] & n1561;
assign n2232 = x1[1] & n2234;
assign n2218 = x1[6] | n2342;
assign n2198 = n2235 | n2236;
assign n2236 = n2337 & n1570;
assign n2235 = n1781 & n2340;
assign n1781 = n2237 | n2238;
assign n2238 = n2239 | n2240;
assign n2240 = x2[7] & n2343;
assign n2239 = n2241 & x2[6];
assign n2241 = n2242 & n2342;
assign n2237 = n2243 & n2244;
assign n2244 = n2245 & n2242;
assign n2242 = x2[7] | n2343;
assign n2245 = x2[5] | n2246;
assign n2246 = n1557 & n2247;
assign n2243 = n2248 & n2249;
assign n2249 = n1557 | n2247;
assign n2247 = n2250 | n2251;
assign n2251 = n2252 & n2341;
assign n2250 = x2[4] & n2253;
assign n2253 = n2341 | n2252;
assign n2252 = n2254 | n2255;
assign n2255 = n2256 & n2340;
assign n2254 = x2[3] & n2257;
assign n2257 = n2340 | n2256;
assign n2256 = n2258 | n2259;
assign n2259 = x2[2] & n2339;
assign n2258 = n2260 & n2261;
assign n2261 = x2[2] | n2339;
assign n2260 = n2262 | n2263;
assign n2262 = x2[1] & n2234;
assign n2248 = x2[6] | n2342;
assign n2193 = n1807 & n1507;
assign n1807 = n1433 | n1808;
assign n1808 = n1506 & n2264;
assign n2264 = n2265 | n2266;
assign n2267 = n1507 & n2268;
assign n2265 = n1508 & n2268;
assign n2268 = n2269 | n2270;
assign n2270 = n2336 & x0[3];
assign n2269 = x4[3] & n1841;
assign n2266 = n2271 & n2272;
assign n2272 = n1841 | x4[3];
assign n2271 = n2336 | x0[3];
assign n1841 = n2273 | n2274;
assign n2274 = n2275 | n1674;
assign n1674 = x4[7] & n2343;
assign n2275 = n2276 & x4[6];
assign n2276 = n1673 & n2342;
assign n2273 = n2277 & n2278;
assign n2278 = n2279 & n1673;
assign n1673 = x4[7] | n2343;
assign n2279 = x4[5] | n2280;
assign n2280 = n1557 & n2281;
assign n2277 = n2282 & n2283;
assign n2283 = n1557 | n2281;
assign n2281 = n2284 | n2285;
assign n2285 = n2286 & n2341;
assign n2284 = x4[4] & n2287;
assign n2287 = n2341 | n2286;
assign n2286 = n2288 | n2289;
assign n2289 = n2290 & n2340;
assign n2288 = x4[3] & n2291;
assign n2291 = n2340 | n2290;
assign n2290 = n2292 | n2293;
assign n2293 = x4[2] & n2339;
assign n2292 = n2294 & n2295;
assign n2295 = x4[2] | n2339;
assign n2294 = n2296 | n2263;
assign n2263 = n1562 & n1561;
assign n2296 = x4[1] & n2234;
assign n2282 = x4[6] | n2342;
assign n1809 = n2297 | n2298;
assign n2298 = n2335 & n1578;
assign n2297 = n1643 & n2340;
assign n1643 = n2299 | n2300;
assign n2300 = n2301 | n2302;
assign n2302 = x3[7] & n2343;
assign n2301 = n2303 & x3[6];
assign n2303 = n2304 & n2342;
assign n2299 = n2305 & n2306;
assign n2306 = n2307 & n2304;
assign n2304 = x3[7] | n2343;
assign n2307 = x3[5] | n2308;
assign n2308 = n1557 & n2309;
assign n2305 = n2310 & n2311;
assign n2311 = n2309 | n1557;
assign n2309 = n2312 | n2313;
assign n2313 = n2314 & n2341;
assign n2312 = x3[4] & n2315;
assign n2315 = n2314 | n2341;
assign n2314 = n2316 | n2317;
assign n2317 = n2318 & n2340;
assign n2316 = x3[3] & n2319;
assign n2319 = n2318 | n2340;
assign n2318 = n2320 | n2321;
assign n2321 = x3[2] & n2339;
assign n2320 = n2322 & n2323;
assign n2323 = x3[2] | n2339;
assign n2322 = n2324 | n2325;
assign n2325 = x3[0] & n1561;
assign n2324 = x3[1] & n2234;
assign n2234 = n1562 | n1561;
assign n2310 = x3[6] | n2342;
assign n2335 = ~n1643;
assign n2336 = ~n1841;
assign n2337 = ~n1781;
assign n2338 = ~n1851;
assign n2339 = ~x0[2];
assign n2340 = ~x0[3];
assign n2341 = ~x0[4];
assign n2342 = ~x0[6];
assign n2343 = ~x0[7];
endmodule